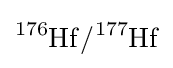
{\ce {^{176}Hf/^{177}Hf}}